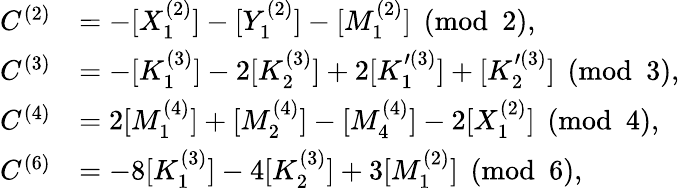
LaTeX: \begin{array}{rl}{C^{(2)}}&{=-[X_{1}^{(2)}]-[Y_{1}^{(2)}]-[M_{1}^{(2)}]\pmod 2,}\\ {C^{(3)}}&{=-[K_{1}^{(3)}]-2[K_{2}^{(3)}]+2[K_{1}^{\prime(3)}]+[K_{2}^{\prime(3)}]\pmod 3,}\\ {C^{(4)}}&{=2[M_{1}^{(4)}]+[M_{2}^{(4)}]-[M_{4}^{(4)}]-2[X_{1}^{(2)}]\pmod 4,}\\ {C^{(6)}}&{=-8[K_{1}^{(3)}]-4[K_{2}^{(3)}]+3[M_{1}^{(2)}]\pmod 6,}\end{array}